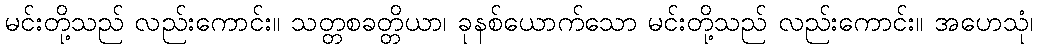
မင်းတို့သည် လည်းကောင်း။ သတ္တစခတ္တိယာ၊ ခုနစ်ယောက်သော မင်းတို့သည် လည်းကောင်း။ အဟေသုံ၊